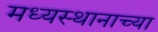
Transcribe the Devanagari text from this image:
मध्यस्थानाच्या